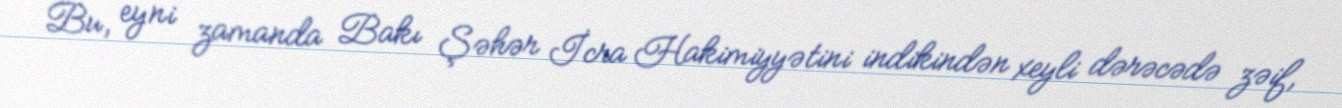
Bu, eyni zamanda Bakı Şəhər İcra Hakimiyyətini indikindən xeyli dərəcədə zəif,